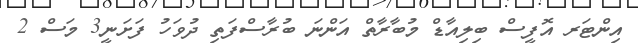
އިންޓަރ އޮފީސް ބިލިއާޑް މުބާރާތް އަންނަ ބުރާސްފަތި ދުވަހު ފަށަނީ3 މަސް 2